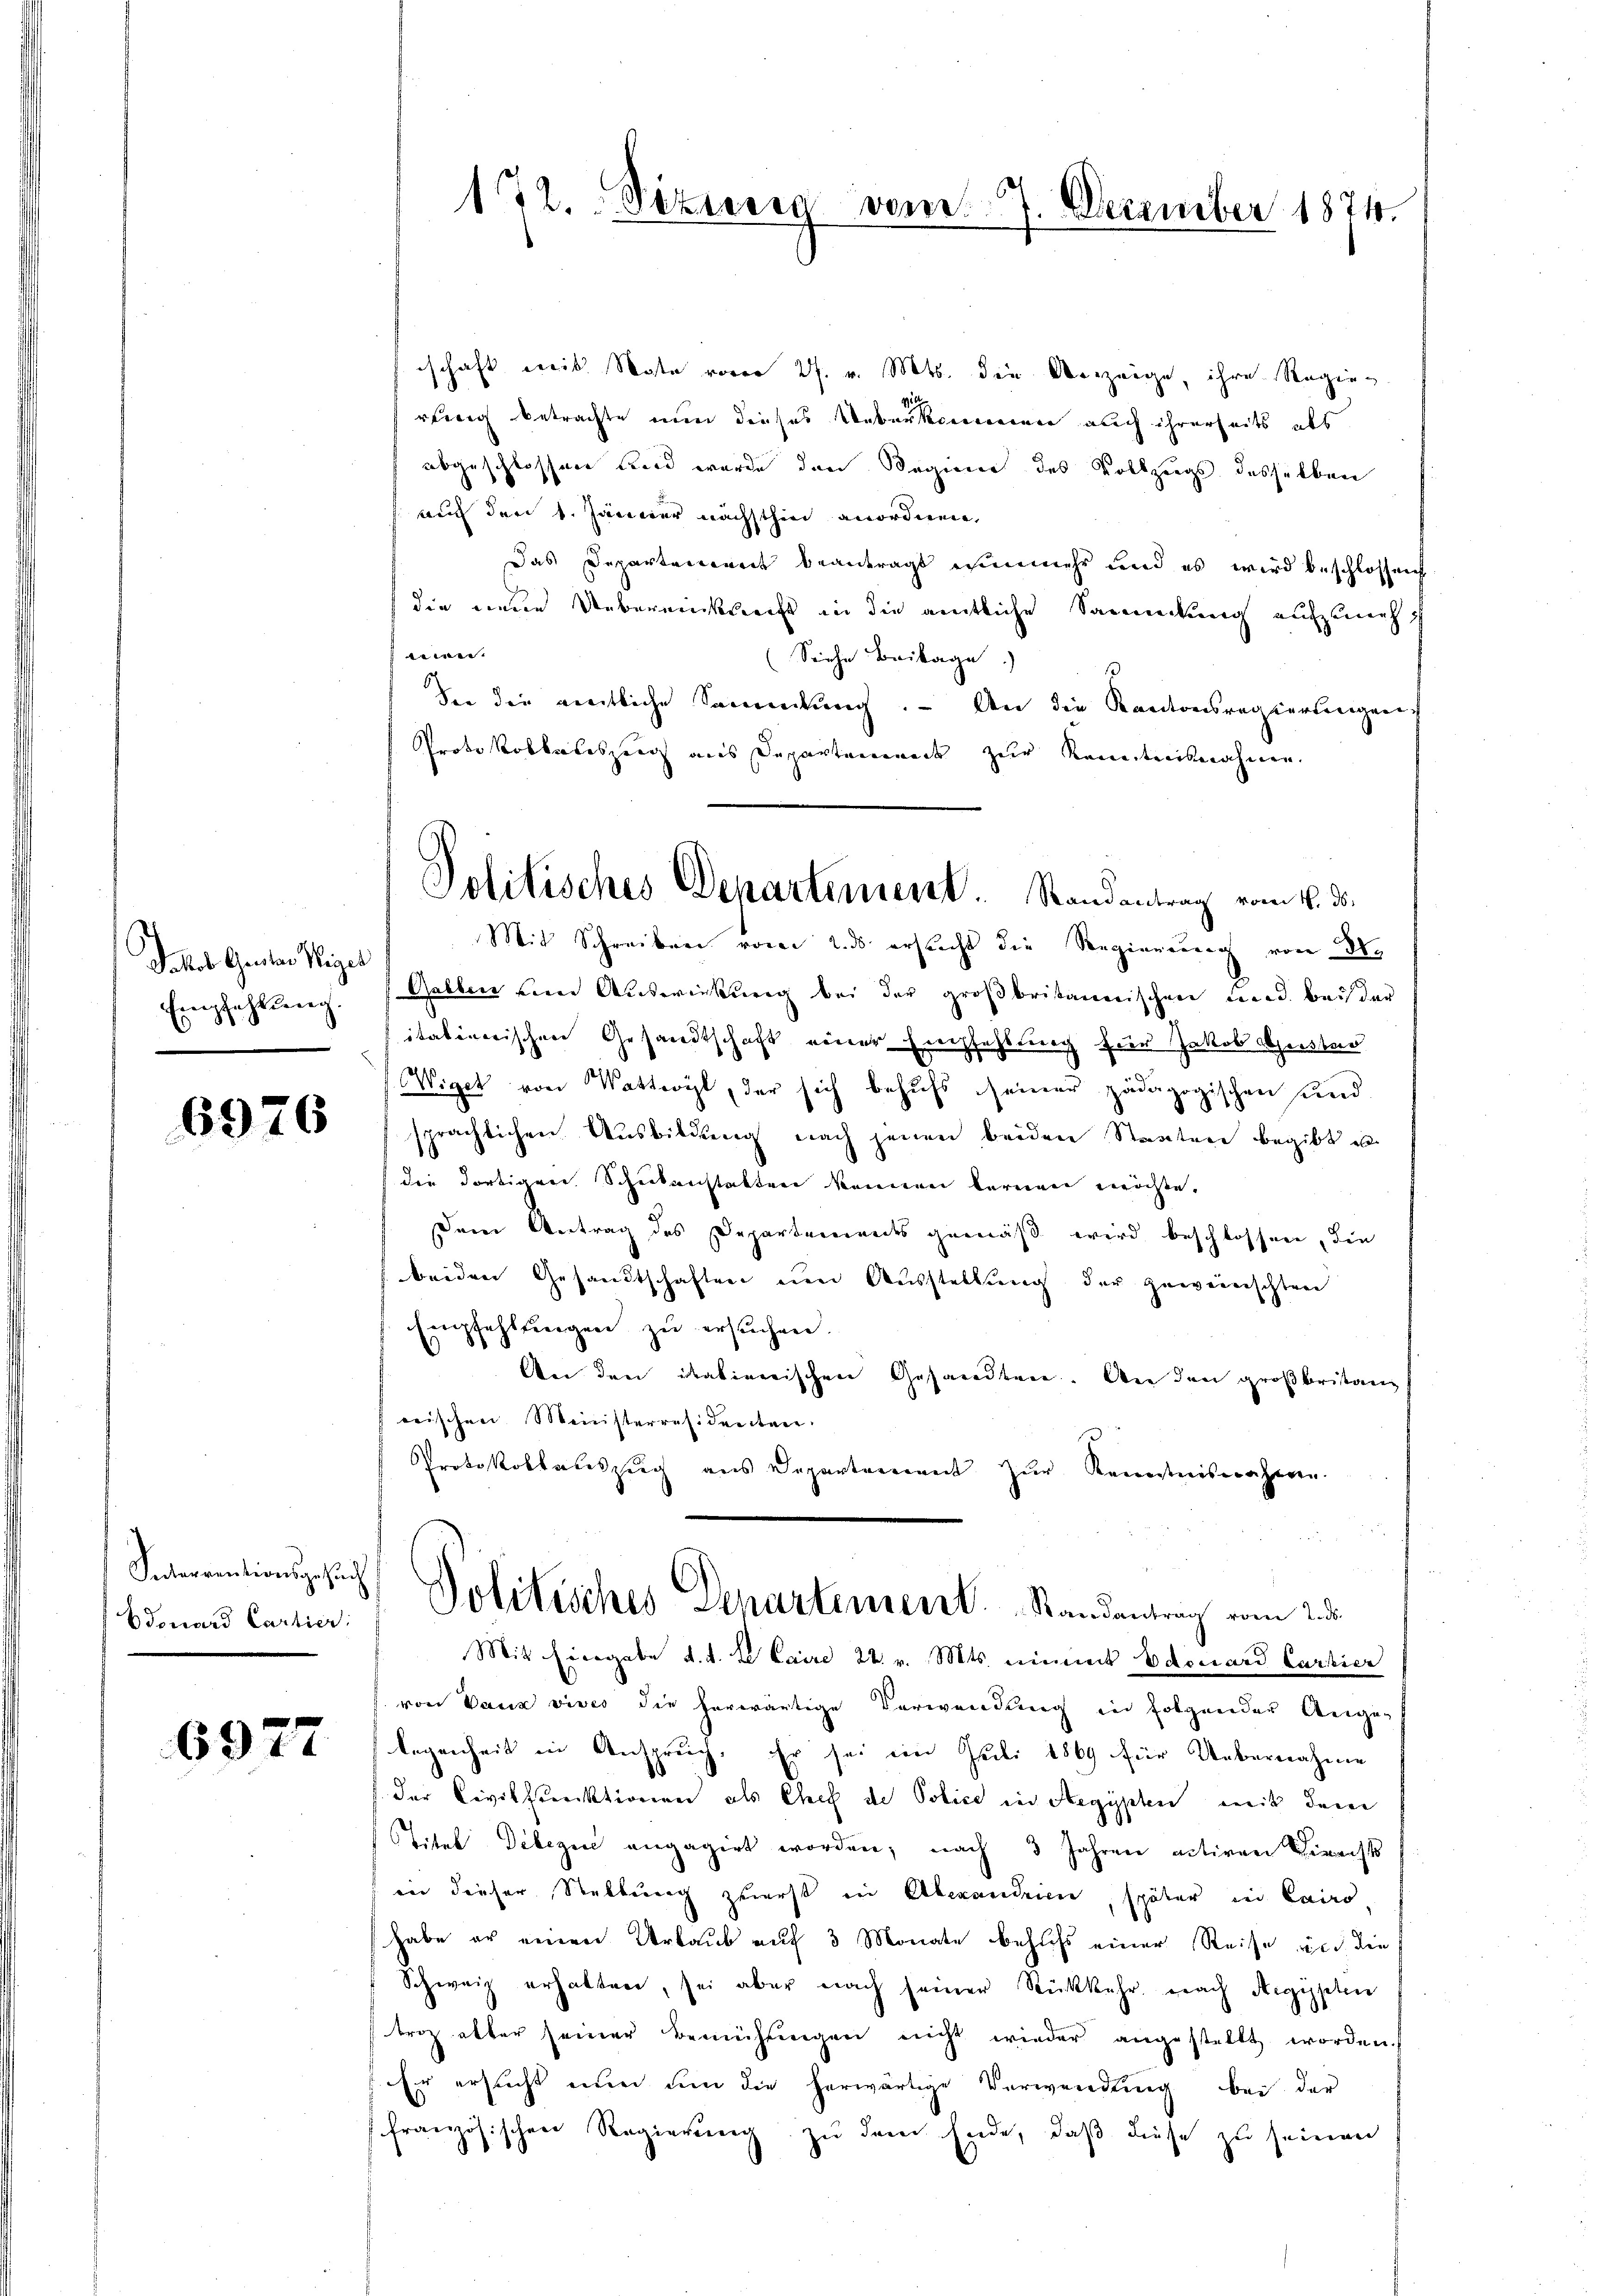
Jakob Gector Weigel
Empfehlung.
.

6976

Interrentionsgesuch
Bdouard Carlier

6977

schaft weis Note vom 27. v. Mts. die Verzeige, ihre Regierling betrachte nun dieses Ueberkommen auch ihrerseits als
abgeschlossen wird wurde den Segens des Vollzugs desselben
au den 1. Jänner nächsthin anordnen,
Das Departement beantragt nunmehr und es wird beschlossen
die neue Uebereinkleicht in die amtliche Sammlung aufzuneh
ewer
(Siehe Beilage
See die entliche Sammlung. - An die Kantonsregierungen
Protokollaleszeig aus Departemenade zur Kenntnisnahmen.
Mit Schreiben vom 2. ds ersucht die Regierung von 30.
Galber eine Auswirkung bei der großbritannischen und bei der
itationischen Gesandtschaft einer Einsfehlung für Jakob Guster
Wiget von Wattwyl, der sich behufs seiner pädagogischen und
sprächlichen Ausbildung nach jenen beiden Staaten begibt u.
die dortigen Schickenstatten kennen fernen möchte.
Dem Antrag des Departements gemäß wird beschlossen, die
beiden Gesandtschaften um Ausstellung der gewünschten
Empfehlŭngen zu ersuchen.
An den italienischen Gesandten. An den großbritang
erischen Meinisterresidenten.
Protokollauszug aus Departement zur Kenntnisnahme.
Politisches Departement. Randantrag vom 2. d.
Mit Eingabe d. d. Le Caire 22. v. Mts. nimmet Edouard Cartier
von Paur vives die herwärtige Verwendung in folgender Ange-
legenheit in Anspruch. Er sei ein Juli 1869 für Uebernahme
der Civilkunktionen als Chef de Police in Aegypten mit dem
Titel Debegine engagirt worden, nach 3 Jahren activen Berichts
in dieser Stellung zuerst in Aberanderen, später in Cairo
habe er einen Urlaub auf 3 Monate behufs einer Reise und die
Schweiz erhalten, sei aber nach seiner Rückkehr nach Aegypten
triz alter seiner Bemühŭngen nicht wieder angestellt worden.
Er ersucht nun um die herwärtige Verwendung bei der
französischen Regierung zu dem Ende, daß diese zu seinen

172. Sizung vom 7. December 1874.

Politisches Departement. Randantrag vom 4. d.